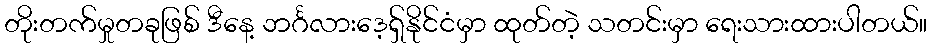
တိုးတက်မှုတခုဖြစ် ဒီနေ့ ဘင်္ဂလားဒေ့ရှ်နိုင်ငံမှာ ထုတ်တဲ့ သတင်းမှာ ရေးသားထားပါတယ်။